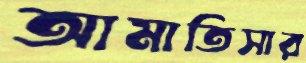
আমাতিসার